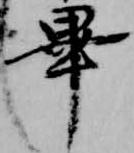
畢